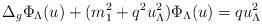
\begin{align*} \Delta_g \Phi_\Lambda(u)+(m_1^2+q^2u_\Lambda^2)\Phi_\Lambda(u)=q u_\Lambda^2 \end{align*}